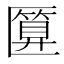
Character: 匴